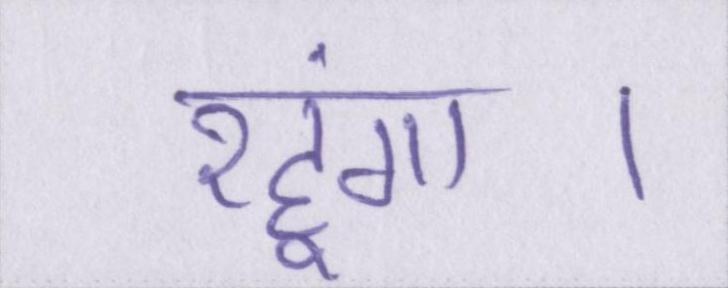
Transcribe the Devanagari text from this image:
रहूंगा।